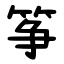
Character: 筝